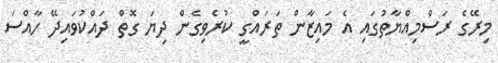
މިރޭގެ ރަސްމިއްޔާތުގައި އެ މައިޒާން ތަރައްގީ ކުރެވިގެން ދިޔަ ގޮތް ދައްކުވައިދޭ ހާއްސަ